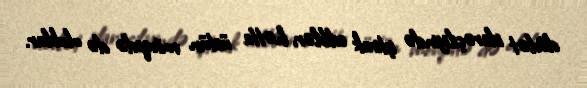
dövlət idarəçiliyində iştirak ediblər, hətta üstün mövqedə də olublar.